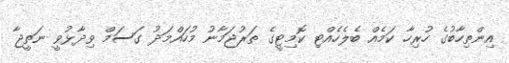
އިންތިހާބުގެ ހުރިހާ ކަމެއް ބެލެހެއްޓި ކޮމިޓީގެ ތަރުޖަމާނު މުހައްމަދު ގަސަމް ވިދާޅުވީ ނަތީޖާ